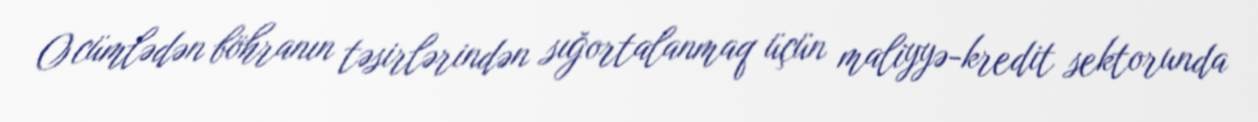
O cümlədən böhranın təsirlərindən sığortalanmaq üçün maliyyə-kredit sektorunda